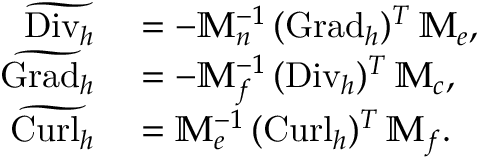
\begin{array} { r l } { \widetilde { \mathrm { D i v } _ { h } } } & { { } = - \mathbb { M } _ { n } ^ { - 1 } \, ( { \mathrm { G r a d } _ { h } } ) ^ { T } \, \mathbb { M } _ { e } , } \\ { \widetilde { \mathrm { G r a d } _ { h } } } & { { } = - \mathbb { M } _ { f } ^ { - 1 } \, ( { \mathrm { D i v } _ { h } } ) ^ { T } \, \mathbb { M } _ { c } , } \\ { \widetilde { \mathrm { C u r l } _ { h } } } & { { } = \mathbb { M } _ { e } ^ { - 1 } \, ( { \mathrm { C u r l } _ { h } } ) ^ { T } \, \mathbb { M } _ { f } . } \end{array}